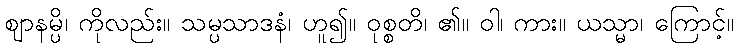
ဈာနမ္ပိ၊ ကိုလည်း။ သမ္ပသာဒနံ၊ ဟူ၍။ ဝုစ္စတိ၊ ၏။ ဝါ၊ ကား။ ယသ္မာ၊ ကြောင့်။